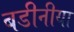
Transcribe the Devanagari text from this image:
बडीनीया